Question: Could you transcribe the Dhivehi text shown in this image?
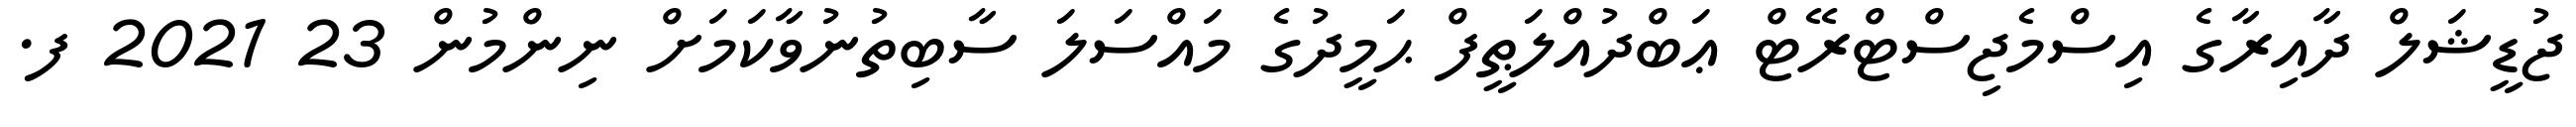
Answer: ޖުޑީޝަލް ދާއިރާގެ އިސްމެޖިސްޓްރޭޓް ޢަބްދުއްލަޠީފް ޙަމީދުގެ މައްސަލަ ސާބިތުނުވާކަމަށް ނިންމުން 23 2021 ފ.